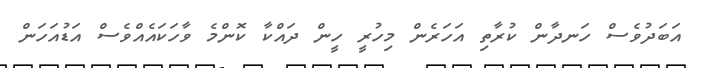
އަބަދުވެސް ހަނދާން ކުރާތި އަހަރެން މިހުރީ ހީން ދައްކާ ކޮންމެ ވާހަކައެއްވެސް އަޑުއަހަން